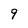
Character: 9